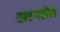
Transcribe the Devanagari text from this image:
खरगसेन